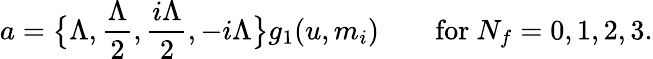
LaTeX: a=\big\{ \Lambda,\frac{\Lambda}{2},\frac{i\Lambda}{2},-i\Lambda\big\} g_{1}(u,m_{i})\qquad\mathrm{for~}N_{f}=0,1,2,3.